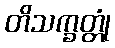
တိသက္ခတ္တုံ